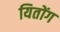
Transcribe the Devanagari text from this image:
यितोंग